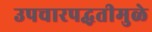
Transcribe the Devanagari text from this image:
उपचारपद्धतीमुळे